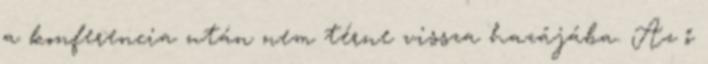
a konferencia után nem térne vissza hazájába. Az ő